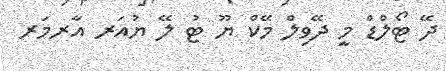
ދޭ ޓޯލްޑް މީ ދޭވިލް މޭކް ޔޫ ޓު ލޭ ޔުއަރ އާރމަރ